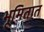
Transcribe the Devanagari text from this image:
भूमितात